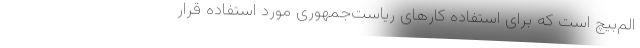
الم‌بیچ است که برای استفاده کارهای ریاست‌جمهوری مورد استفاده قرار